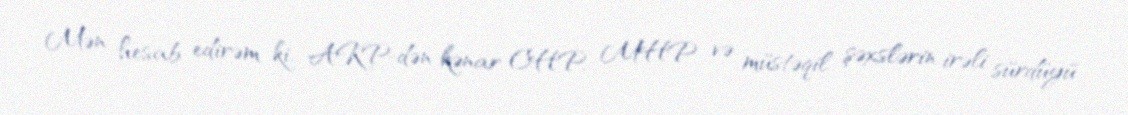
Mən hesab edirəm ki, AKP-dən kənar CHP, MHP və müstəqil şəxslərin irəli sürdüyü